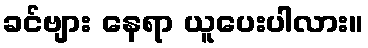
ခင်ဗျား နေရာ ယူပေးပါလား။